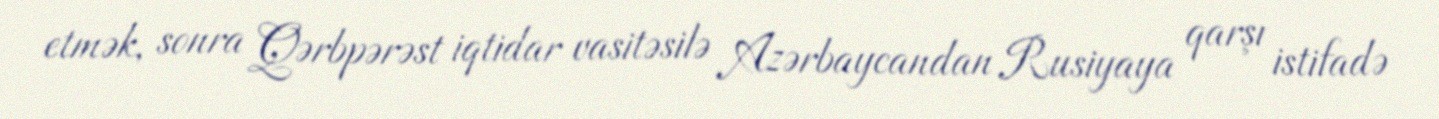
etmək, sonra Qərbpərəst iqtidar vasitəsilə Azərbaycandan Rusiyaya qarşı istifadə